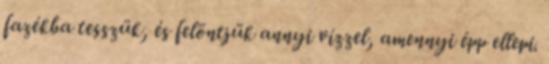
fazékba tesszük, és felöntjük annyi vízzel, amennyi épp ellepi.